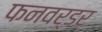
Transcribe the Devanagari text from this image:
फनवर्डर